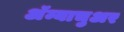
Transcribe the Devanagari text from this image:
अॅम्याचुअर